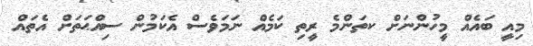
މިއީ ބައެއް މީހުންނަށް ކތަންމެ ރީތި ކަމެއް ނަމަވެސް އެކަމުން ސިއްޙަތަށް އެތައް